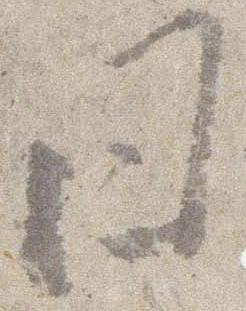
日